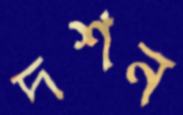
দশন